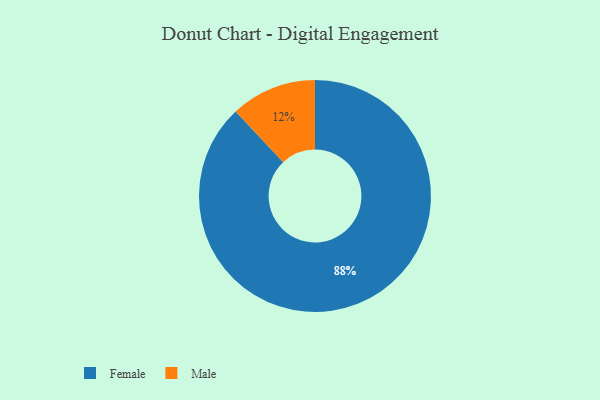
{"axis": {"x": "Category", "y": "Percentage"}, "legend": ["Female", "Male"], "data": [{"x": "Male", "y": 12, "type": "Male"}, {"x": "Female", "y": 88, "type": "Female"}]}